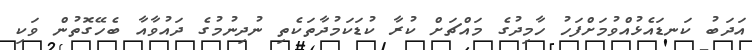
އަދަބު ކަނޑައެޅުއްވުމަށްފަހު ހާމިދުގެ މައްޗަށް ކުރާ ކުޑަކަމުދާތަކެތި ނުދިނުމުގެ ދައުވާއާ ބެހޭގޮތުން ވަކި